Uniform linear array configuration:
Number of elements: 4
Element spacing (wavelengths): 0.25
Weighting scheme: uniform
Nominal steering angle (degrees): -45
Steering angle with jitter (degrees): -46.688
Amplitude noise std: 0.05
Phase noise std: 0.05

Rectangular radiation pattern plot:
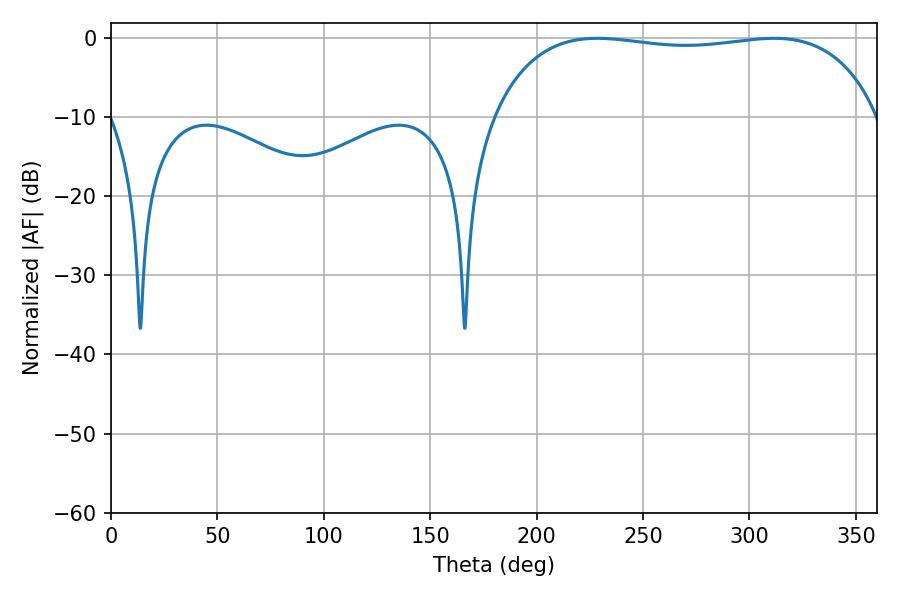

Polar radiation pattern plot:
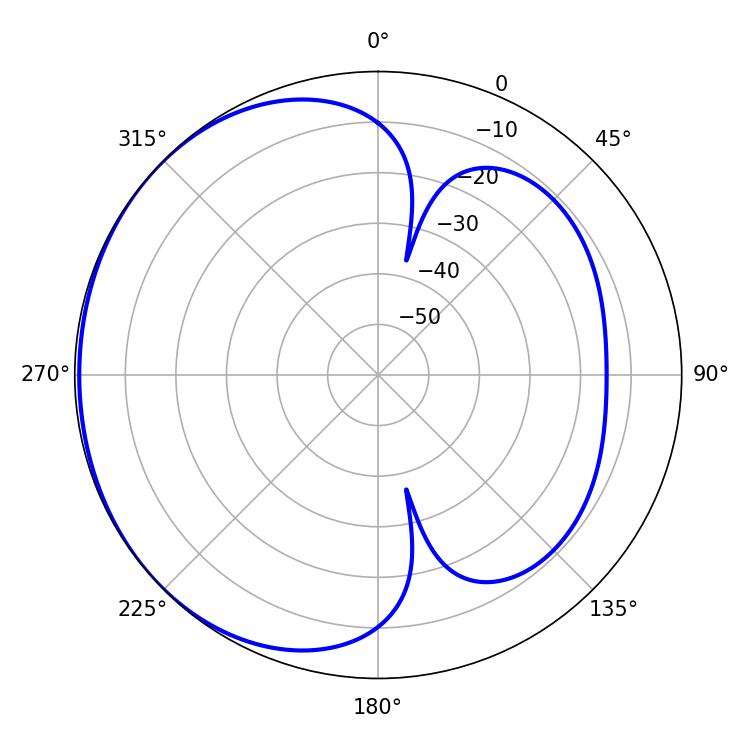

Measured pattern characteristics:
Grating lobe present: FALSE
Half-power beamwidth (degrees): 145.08
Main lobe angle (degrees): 228.42